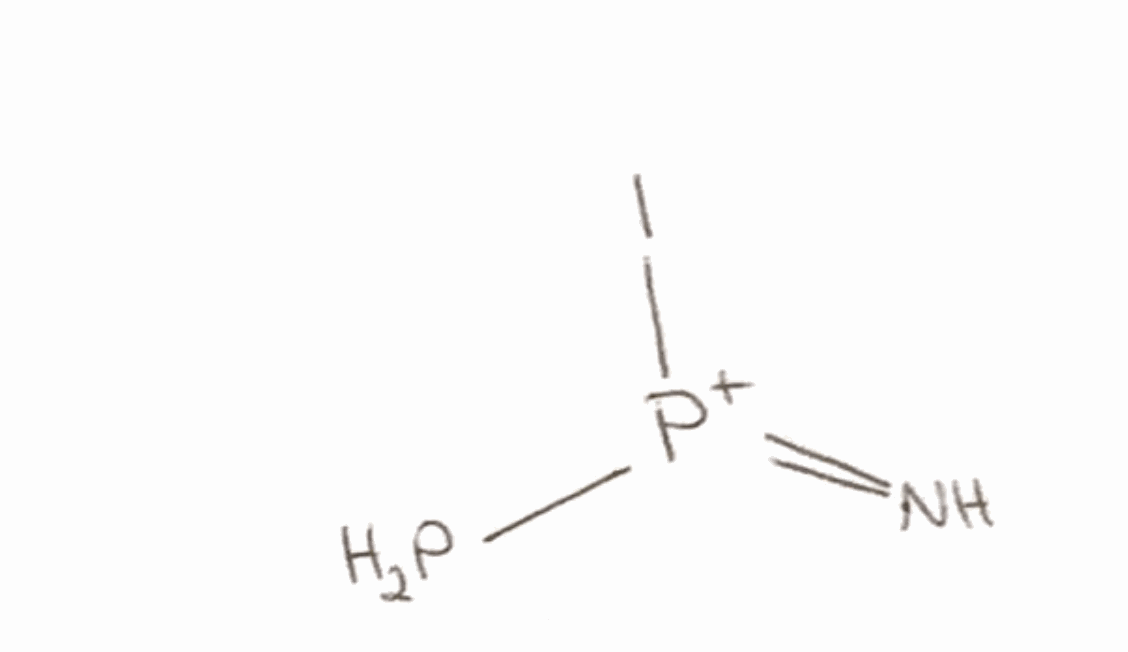
Simplified molecular-input line-entry system (SMILES) notation of the given molecule:
N=[P+](P)I